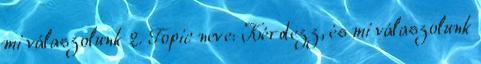
mi válaszolunk 2. Topic neve: Kérdezz, és mi válaszolunk